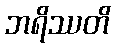
ဘရိဿတိ